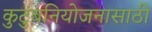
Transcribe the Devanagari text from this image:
कुटुंबनियोजनासाठी